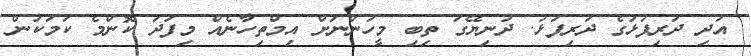
އަދި ދަރިފުޅުގެ ދަރިފުޅު. ދުނިޔޭގަ ތިބި މީހުންނަށް އިމްތިހާނެއް މިފަދަ ކޮންމެ ކަމަކުން